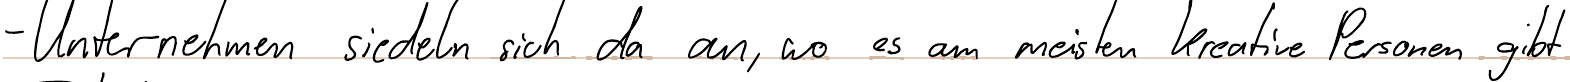
- Unternehmen siedeln sich da an, wo es am meisten kreative Personen gibt